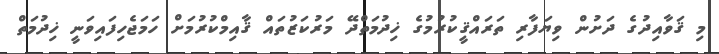
މި ޤަވާއިދުގެ ދަށުން ވިޔަފާރި ތަރައްޤީކުރުމުގެ ޚިދުމަތްދޭ މަރުކަޒުތައް ޤާއިމްކުރުމަށް ހަމަޖެހިފައިވަނީ ޚިދުމަތް